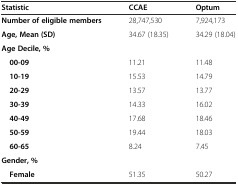
| Statistic | CCAE | Optum |
 | --- | --- | --- |
 | Number of eligible members | 28,747,530 | 7,924,173 |
 | Age, Mean (SD) | 34.67 (18.35) | 34.29 (18.04) |
 | Age Decile, % |  |  |
 | 00-09 | 11.21 | 11.48 |
 | 10-19 | 15.53 | 14.79 |
 | 20-29 | 13.57 | 13.77 |
 | 30-39 | 14.33 | 16.02 |
 | 40-49 | 17.68 | 18.46 |
 | 50-59 | 19.44 | 18.03 |
 | 60-65 | 8.24 | 7.45 |
 | Gender, % |  |  |
 | Female | 51.35 | 50.27 |